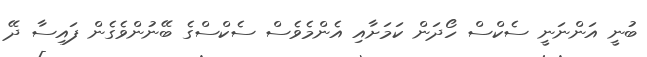
ބުނީ އަންނަނީ ސެކްސް ހޯދަން ކަމަށާއި އެންމެވެސް ސެކްސްގެ ބޭނުންވެގެން ފައިސާ ދޭ